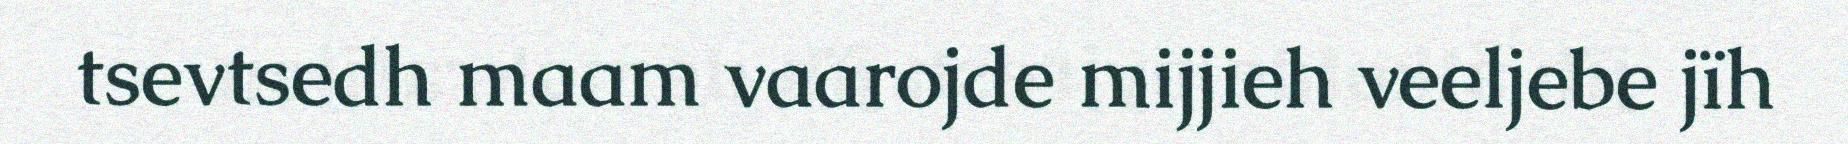
tsevtsedh maam vaarojde mijjieh veeljebe jïh